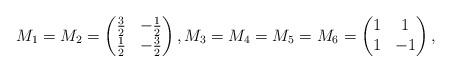
LaTeX: \begin{align*}M_1=M_2=\begin{pmatrix}\frac{3}{2} & -\frac{1}{2}\\\frac{1}{2} & -\frac{3}{2}\end{pmatrix}, M_3=M_4=M_5=M_6=\begin{pmatrix}1 & 1\\1 & -1\end{pmatrix},\end{align*}